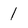
Character: 1